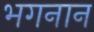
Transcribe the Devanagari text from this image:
भगनान